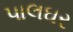
પાલઘર